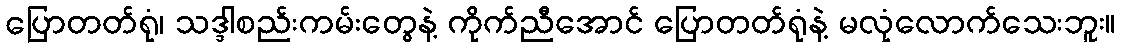
ပြောတတ်ရုံ၊ သဒ္ဒါစည်းကမ်းတွေနဲ့ ကိုက်ညီအောင် ပြောတတ်ရုံနဲ့ မလုံလောက်သေးဘူး။